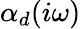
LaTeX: \alpha_{d}(i\omega)